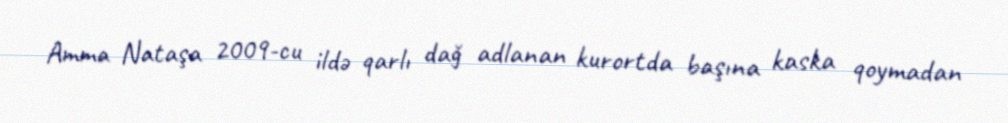
Amma Nataşa 2009-cu ildə qarlı dağ adlanan kurortda başına kaska qoymadan